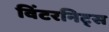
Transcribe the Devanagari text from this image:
विंटरनिट्‌स